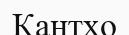
Кантхо